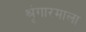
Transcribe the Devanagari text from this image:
श्रृंगारमाला